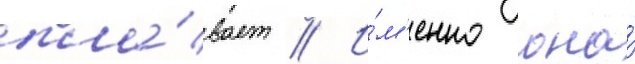
пла́вает // И́м'енно она́